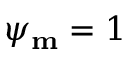
\psi _ { \mathbf { m } } = 1